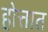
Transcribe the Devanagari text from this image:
होत्तात